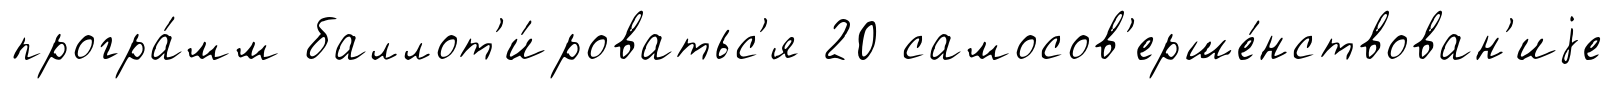
програ́мм баллот'и́роватьс'я 20 самосов'ерше́нствован'иjе